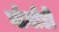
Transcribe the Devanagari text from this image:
नोर्मांडी